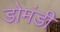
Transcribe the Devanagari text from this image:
डोमंडी